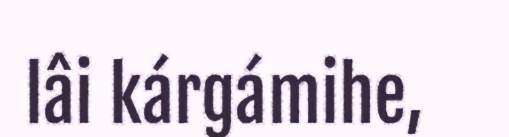
lâi kárgámihe,